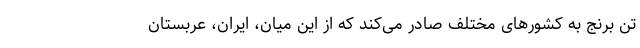
تن برنج به کشورهای مختلف صادر می‌کند که از این میان، ایران، عربستان